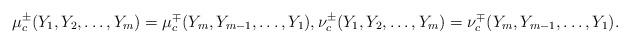
LaTeX: \begin{align*} \mu_c^{\pm}(Y_1,Y_2,\dots,Y_m)=\mu_c^{\mp}(Y_m,Y_{m-1},\dots,Y_1),\nu_c^{\pm}(Y_1,Y_2,\dots,Y_m)=\nu_c^{\mp}(Y_m,Y_{m-1},\dots,Y_1).\end{align*}